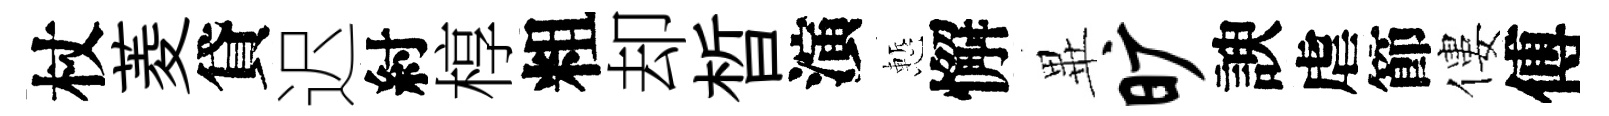
杖菱貸迟紂椁粗却晳演慙懈𭺾旷諛虐節僂傅